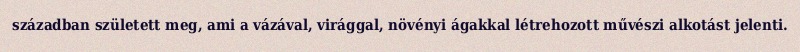
században született meg, ami a vázával, virággal, növényi ágakkal létrehozott művészi alkotást jelenti.